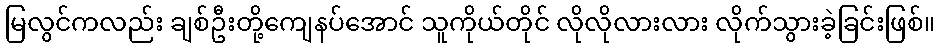
မြလွင်ကလည်း ချစ်ဦးတို့ကျေနပ်အောင် သူကိုယ်တိုင် လိုလိုလားလား လိုက်သွားခဲ့ခြင်းဖြစ်။